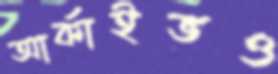
আর্কাইভও